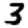
Digit: 3